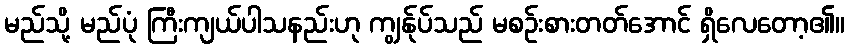
မည်သို့ မည်ပုံ ကြီးကျယ်ပါသနည်းဟု ကျွန်ုပ်သည် မစဉ်းစားတတ်အောင် ရှိလေတော့၏။